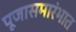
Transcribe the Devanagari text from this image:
पूजासमारंभात